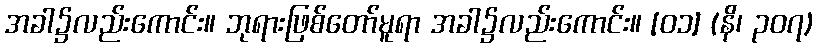
အခါ၌လည်းကောင်း။ ဘုရားဖြစ်တော်မူရာ အခါ၌လည်းကောင်း။ [၀၁] (နိ၊ ၃၀၇)